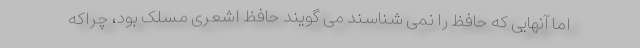
اما آنهایی که حافظ را نمی شناسند می گویند حافظ اشعری مسلک بود، چراکه